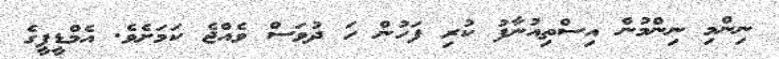
ނިންމި ނިންމުން އިސްތިއުނާފު ކުރި ފަހުން ހަ ދުވަސް ވެއްޖެ ކަމަށެވެ. އެމްޑީޕީގެ